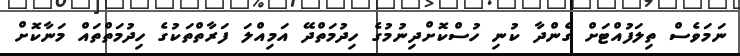
ނަމަވެސް ތިލަފުއްޓަށް ގެންދާ ކުނި ހުސްކޮށްދިނުމުގެ ހިދުމަތްދޭ އަމިއްލަ ފަރާތްތަކުގެ ހިދުމަތްތައް މަނާކޮށް